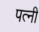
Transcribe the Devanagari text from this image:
पत्नीं